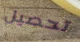
تحصيل